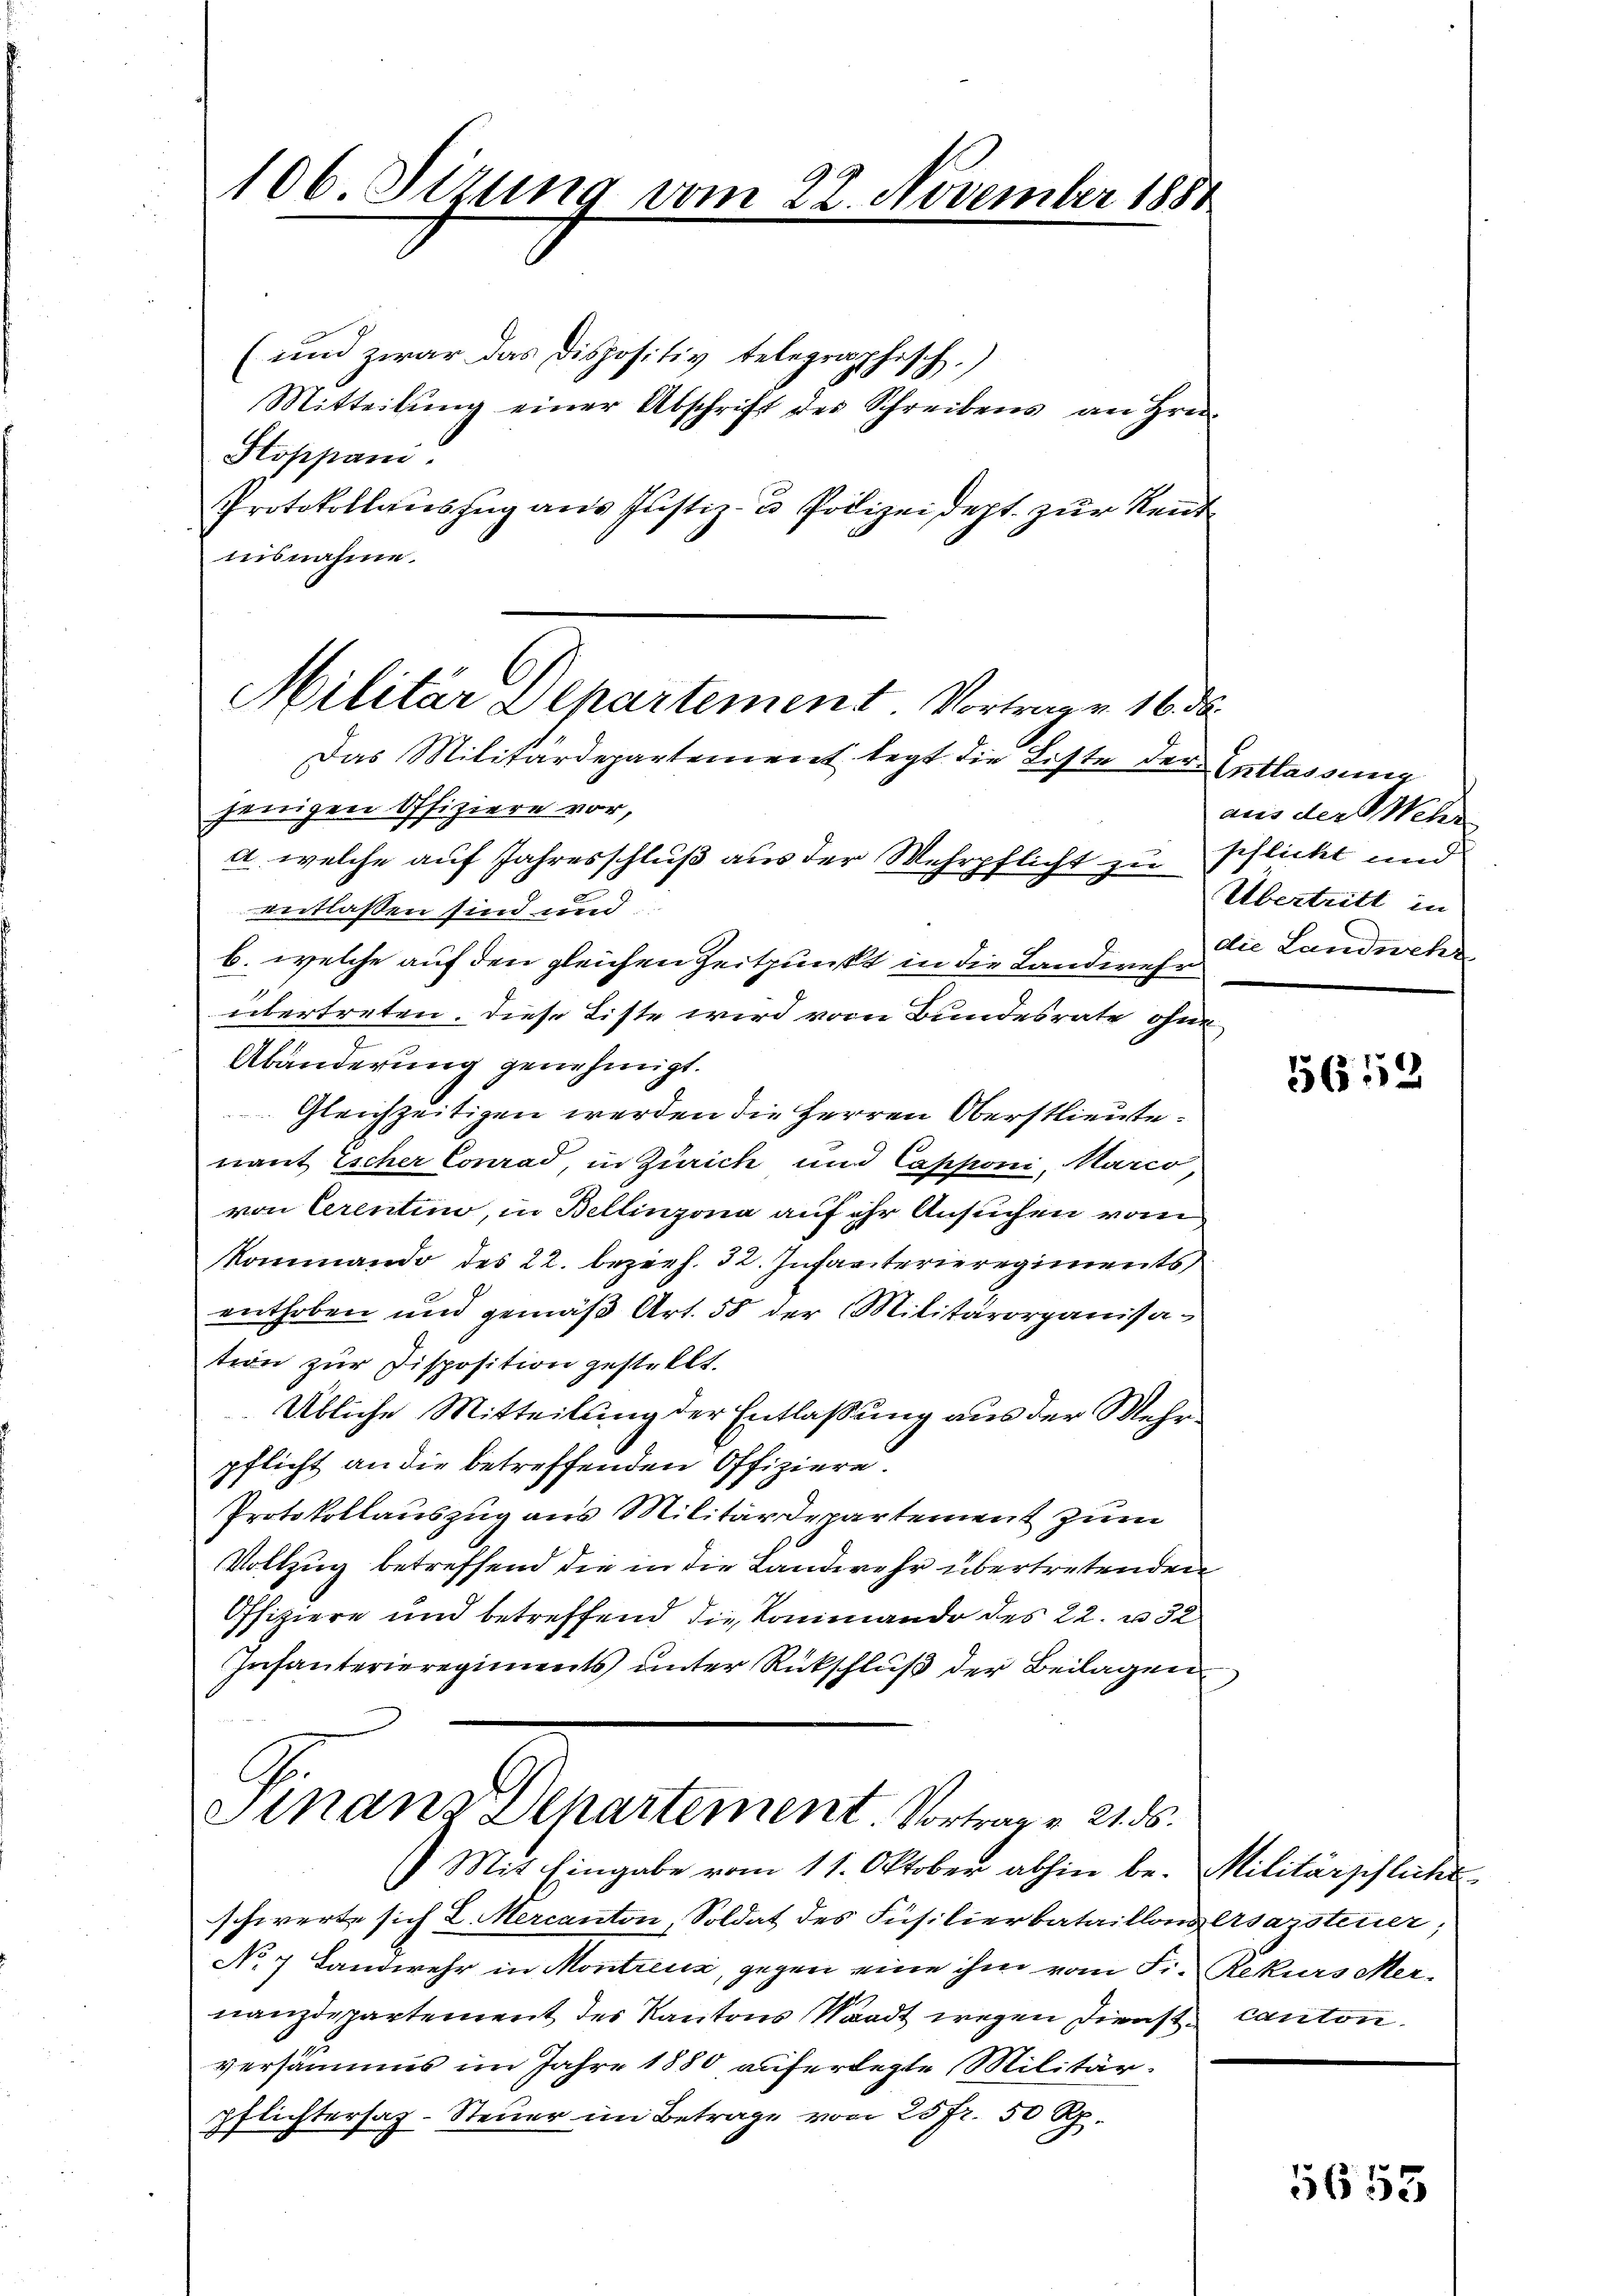
106. Sizung vom 22. November 1881

(und zwar das Dispositiv telegraphisch.
Mitteilŭng einer Abschrift des Schreibens an Hrn.
Stoppani
Protokollauszug aus Justiz- & Polizeidept. zur Rentnisnahme.

Militär Departement. Vortragen 16. d
Das Militärdepartement legt die Liste der Entlassung
jenigen Offiziere vor,

G.
Sinanz Departement. Vortrag v. 21. ds.

) Mit Eingabe vom 11. Oktober abhin be-
schwerte sich 2. Mercanton, Soldat des Füsilierbataillons Arsazsteuer
No 7 Landwehr in Montreuz, gegen eine ihm vom Si. Rekurs Mer-
nanzdepartement des Kantons Waadt wegen Dienst canton.
versammes im Jahre 1880 auferlegte Militärpflichtersah. Steuer im Betrage von 25 fr. 50 Rp.

a. welche auf Jahresschluß aus der Wehrpflicht zu
entlassen sind und
b. welche auf den gleichen Zeitpunkt in die Landeres Landwehr¬
.
übertreten. Diese Liste wird vom Bundesrate ohne
Abänderung genehmigt.
Gleichzeitigen werden die Herren Oberstlieute.
nant Escher Conrad, in Zürich und Capponi, Marco
von Cerentino, in Bellinzona auf ihr Ansuchen vom
Kommando des 22. bezieh. 32. Infanterieregiments
enthoben und gemäß Art. 58 der Militärorganisation zur Disposition gestellt.
Übliche Mitteilung der Entlaßung aus der Mehrpflicht an die betreffenden Offiziere.
Protokollauszug aus Militärdepartement zum
Vollzug betreffend die in die Landwehr übertretenden
Offiziere und betreffend die Kommando des 22. u. 32
Infanterieregiments unter Rückschluß der Beilagen

aus der Weber
pflicht und
Übertritt in

5652

Militärschliche

5653